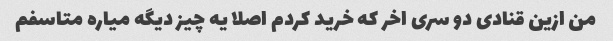
من ازین قنادی دو سری اخر که خرید کردم اصلا یه چیز دیگه میاره متاسفم